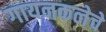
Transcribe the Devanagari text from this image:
गायनकलेचे